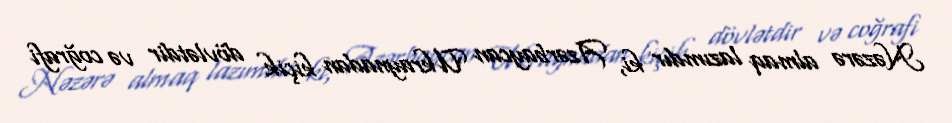
Nəzərə almaq lazımdır ki, Azərbaycan Ukraynadan kiçik dövlətdir və coğrafi